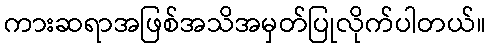
ကားဆရာအဖြစ်အသိအမှတ်ပြုလိုက်ပါတယ်။